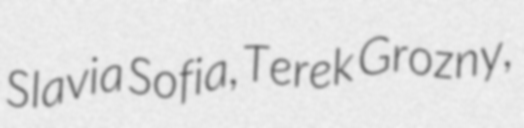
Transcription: Slavia Sofia, Terek Grozny,